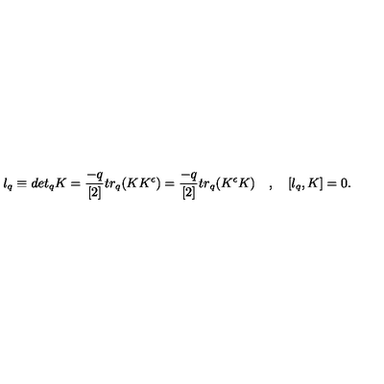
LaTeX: l _ { q } \equiv d e t _ { q } K = \frac { - q } { [ 2 ] } t r _ { q } ( K K ^ { \epsilon } ) = \frac { - q } { [ 2 ] } t r _ { q } ( K ^ { \epsilon } K ) \quad , \quad [ l _ { q } , K ] = 0 .